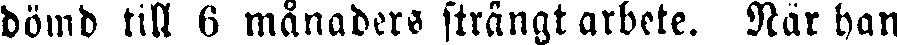
dömd till 6 månaders strängt arbete. När han